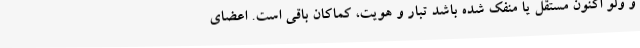
و ولو اکنون مستقل یا منفک شده باشد تبار و هویت، کماکان باقی است. اعضای